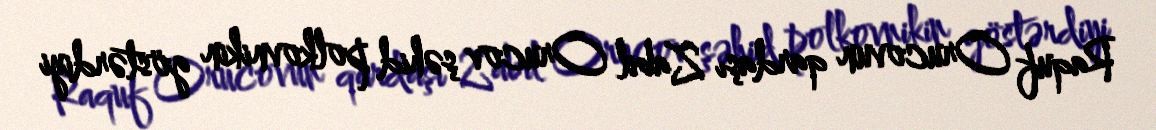
Raquf Orucovun qardaşı Zabil Orucov şəhid polkovnikin göstərdiyi